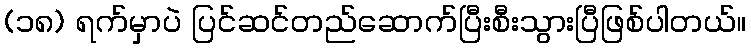
(၁၈) ရက်မှာပဲ ပြင်ဆင်တည်ဆောက်ပြီးစီးသွားပြီဖြစ်ပါတယ်။